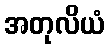
အတုလိယံ